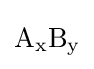
{\textstyle \mathrm {A_{x}} \mathrm {B_{y}} }